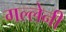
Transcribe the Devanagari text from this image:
गल्लेनी